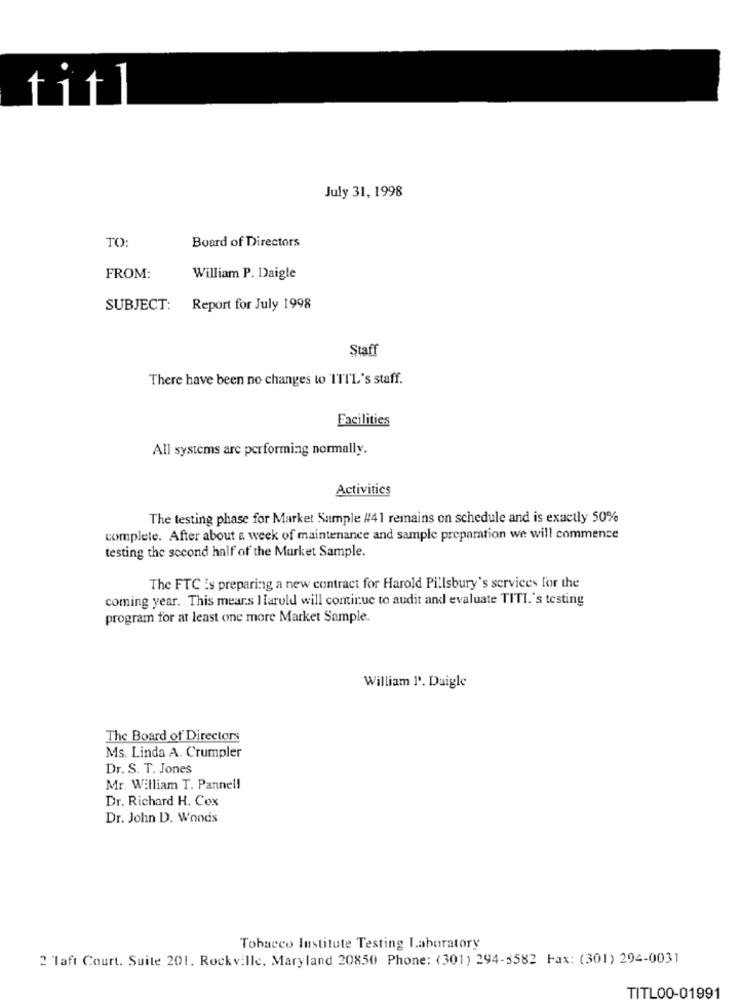
titl
July 31, 1998
Board of Directors
TO:
FROM:
William P. Daigle
SUBJECT: Report for July 1998
Staff
There have been no changes to ITTL's staff.
Facilities
All systems are performing normally.
Activities
The testing phase for Market Sample #41 remains on schedule and is exactly 50%
complete. After about a week of maintenance and sample preparation we will commence
testing the second half of the Market Sample.
The FTC is preparing a new contract for Harold Pillsbury's services for the
coming year. This means llaruld will continue to audit and evaluate TITI.'s testing
program for at least one more Market Sample.
William P'. Daigle
The Board of Directors
Ms. Linda A. Crumpler
Dr. S. T. Jones
Mr. William T. Pannel!
Dr. Richard H. Cox
Dr. John D. Woods
Tobacco Institute Testing Laboratory
2 Taft Court. Suite 201. Rockville, Maryland 20850 Phone: (301) 294-3582 Fax: (301) 294-0031
TITL00-01991